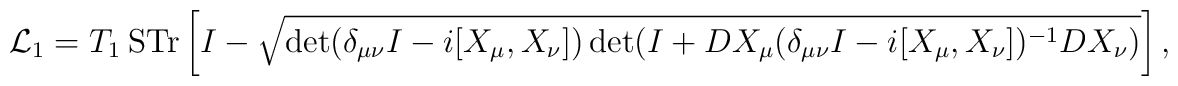
{\cal L}_1 = T_1~{\rm STr} \left[ I - \sqrt{ \det ( \delta_{\mu\nu}I -i[X_{\mu}, X_{\nu}] ) \det ( I + D X_{\mu} ( \delta_{\mu\nu}I -i[X_{\mu}, X_{\nu}] )^{-1} D X_{\nu} ) } \right],